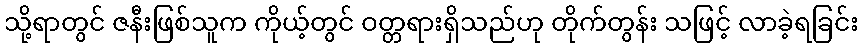
သို့ရာတွင် ဇနီးဖြစ်သူက ကိုယ့်တွင် ဝတ္တရားရှိသည်ဟု တိုက်တွန်း သဖြင့် လာခဲ့ရခြင်း